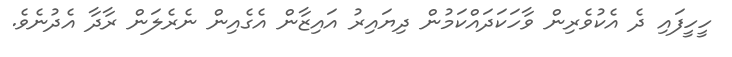
ހީހީފައި ދެ އެކުވެރިން ވާހަކަދައްކަމުން ދިޔައިރު އައިޒާން އެގެއިން ނެރެލަން ރާދާ އެދުނެވެ.